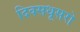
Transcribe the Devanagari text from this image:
दिवसधूसरो